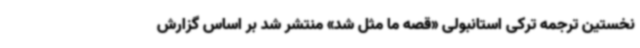
نخستین ترجمه ترکی استانبولی «قصه ما مثل شد» منتشر شد بر اساس گزارش